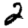
Digit: 2